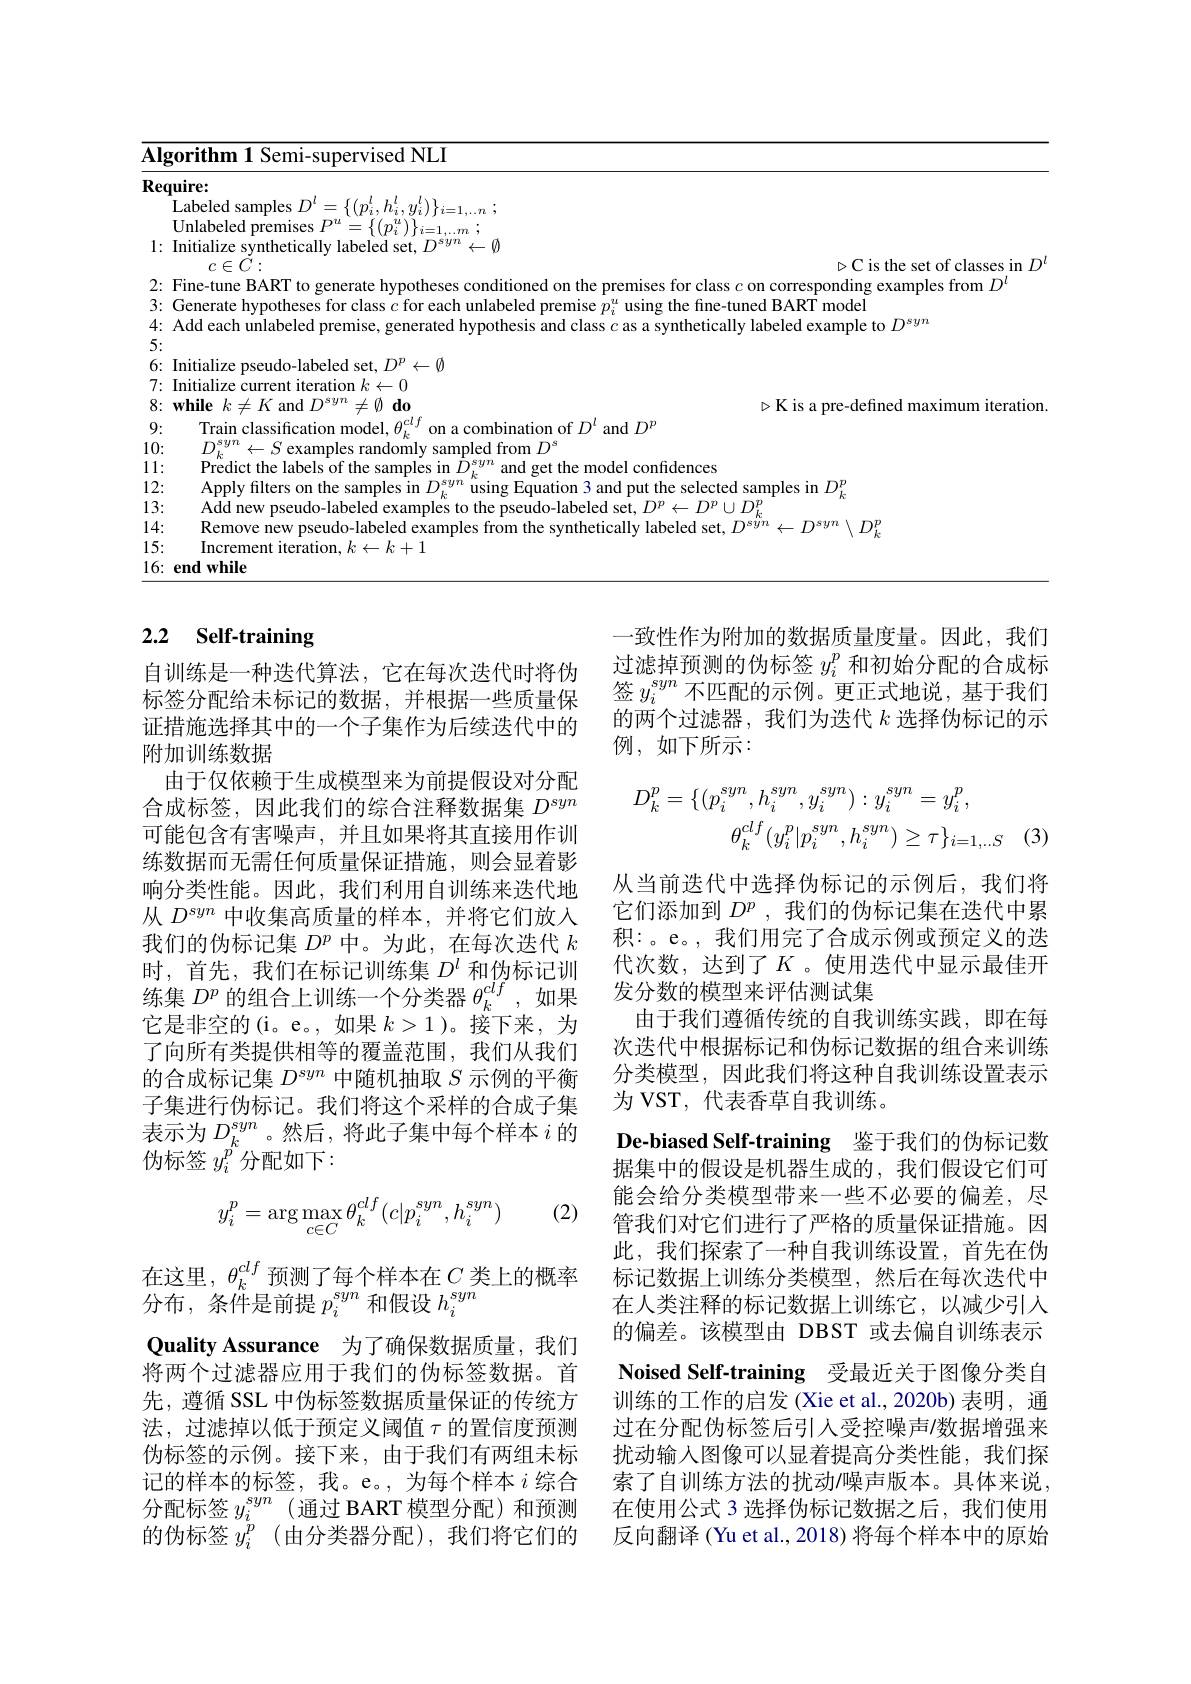
<table>
	<tbody>
		<tr>
			<th>$\overline{\mathbf{AI}_{\xi}}$</th>
			<th>11 Semi-supervised NLI</th>
		</tr>
		<tr>
			<td>Rec</td>
			<td> </td>
		</tr>
		<tr>
			<td> </td>
			<td>amnle</td>
		</tr>
		<tr>
			<td> </td>
			<td> </td>
		</tr>
		<tr>
			<td>1 $r$ 1 1</td>
			<td>lv laheled set $D^{syn}$ 1</td>
		</tr>
		<tr>
			<td> </td>
			<td>$\triangleright$Cis the set of classes in</td>
		</tr>
		<tr>
			<td>2: $r$ $\frac{1}{2}=\frac{1}{2}=\frac{1}{2}$</td>
			<td>nles from /)</td>
		</tr>
		<tr>
			<td>3: r</td>
			<td>nad RADT mar</td>
		</tr>
		<tr>
			<td>4' $r$</td>
			<td>labalad avamnla ta / Py</td>
		</tr>
		<tr>
			<td>5: $r$ </td>
			<td> </td>
		</tr>
		<tr>
			<td>6: $r$</td>
			<td>:pseudo-labeled set, $D^p\leftarrow\emptyset$</td>
		</tr>
		<tr>
			<td>7: r</td>
			<td>e current iteration $k\leftarrow0$</td>
		</tr>
		<tr>
			<td>8: r T</td>
			<td>$\neq K$ and $D^{syn}\neq \emptyset \textbf{do}$ $\triangleright$Kis a pre-defined maximum iteratio</td>
		</tr>
		<tr>
			<td>9: $r$</td>
			<td>hination of $D^{\iota}$ and $D^{\iota}$</td>
		</tr>
		<tr>
			<td>10: 1</td>
			<td>v sampled from $D^{\mathrm{s}}$</td>
		</tr>
		<tr>
			<td>11: $\bullet$ $a$</td>
			<td>ttha lahale att et the model confidences</td>
		</tr>
		<tr>
			<td>12: T</td>
			<td>t the selected samnles in $D$</td>
		</tr>
		<tr>
			<td>13: T 1 </td>
			<td> </td>
		</tr>
		<tr>
			<td>.4: 1 T 1 1</td>
			<td>$-D^{syn}\setminus D$</td>
		</tr>
		<tr>
			<td>15: T 1</td>
			<td> </td>
		</tr>
		<tr>
			<td>16:</td>
			<td>ile</td>
		</tr>
	</tbody>
</table>

# 2.2 Self-training

一致性作为附加的数据质量度量。因此，我们过滤掉预测的伪标签$y_i^p$和初始分配的合成标签$y_i^{syn}$不匹配的示例。更正式地说，基于我们的两个过滤器，我们为迭代$k$选择伪标记的示例，如下所示：
$$\begin{aligned}D_{k}^{p}&=\{(p_{i}^{syn},h_{i}^{syn},y_{i}^{syn}):y_{i}^{syn}=y_{i}^{p},\\&\theta_{k}^{clf}(y_{i}^{p}|p_{i}^{syn},h_{i}^{syn})\geq\tau\}_{i=1,...S}\end{aligned}$$
自训练是一种迭代算法，它在每次迭代时将伪标签分配给未标记的数据，并根据一些质量保证措施选择其中的一个子集作为后续迭代中的附加训练数据
由于仅依赖于生成模型来为前提假设对分配合成标签，因此我们的综合注释数据集$D^{syn}$ 可能包含有害噪声，并且如果将其直接用作训练数据而无需任何质量保证措施，则会显着影响分类性能。因此，我们利用自训练来迭代地从$D^{syn}$中收集高质量的样本，并将它们放入我们的伪标记集$D^p$中。为此，在每次迭代$k$ 时，首先，我们在标记训练集$D^l$和伪标记训练集$D^p$的组合上训练一个分类器$\theta_k^clf$,如果它是非空的(i。e。,如果$k>1$ )。接下来，为了向所有类提供相等的覆盖范围，我们从我们的合成标记集$D^syn$中随机抽取$S$示例的平衡子集进行伪标记。我们将这个采样的合成子集表示为$D_k^{syn}$ 。然后 , 将此子集中每个样本$i$的伪标签 $y_i^{p^{\prime}}$分配如下：

从当前迭代中选择伪标记的示例后，我们将它们添加到$D^p$ , 我 们 的 伪 标 记 集 在 迭 代 中 累 积：。e。,我们用完了合成示例或预定义的迭代次数，达到了$K$。使用迭代中显示最佳开发分数的模型来评估测试集
由于我们遵循传统的自我训练实践，即在每次迭代中根据标记和伪标记数据的组合来训练分类模型，因此我们将这种自我训练设置表示为 VST, 代表香草自我训练。
De-biased Self-training 鉴于我们的伪标记数据集中的假设是机器生成的，我们假设它们可能会给分类模型带来一些不必要的偏差，尽管我们对它们进行了严格的质量保证措施。因此，我们探索了一种自我训练设置，首先在伪标记数据上训练分类模型，然后在每次迭代中在人类注释的标记数据上训练它，以减少引入的偏差。该模型由 DBST 或去偏自训练表示Noised Self-training 受最近关于图像分类自训练的工作的启发 (Xie et al.,2020b) 表明，通过在分配伪标签后引入受控噪声$\prime$数据增强来扰动输入图像可以显着提高分类性能，我们探索了自训练方法的扰动/噪声版本。具体来说， 在使用公式 3 选择伪标记数据之后，我们使用反向翻译 (Yu et al., 2018) 将每个样本中的原始

(2)
$$\begin{aligned}y_i^p=\arg\max_{c\in C}\theta_k^{clf}(c|p_i^{syn},h_i^{syn})\end{aligned}$$
在这里，$\theta_k^{clf}$预测了每个样本在$C$ 类上的概率
分布，条件是前提$p_i^{syn}$和假设$h_i^{syn}$
Quality Assurance 为了确保数据质量，我们将两个过滤器应用于我们的伪标签数据。首先，遵循 SSL 中伪标签数据质量保证的传统方法，过滤掉以低于预定义阈值$\tau$的置信度预测伪标签的示例。接下来，由于我们有两组未标记的样本的标签，我。e。,为每个样本$i$综合分配标签$y_i^{syn}$ (通过 BART 模型分配)和预测的伪标签$y_i^p$ (由分类器分配),我们将它们的